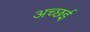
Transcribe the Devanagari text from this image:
अच्छई